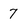
Character: 7